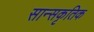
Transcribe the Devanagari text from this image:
सान्सकृतिक